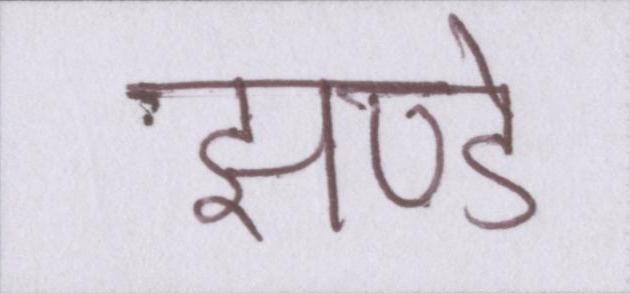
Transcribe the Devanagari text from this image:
झण्डे